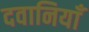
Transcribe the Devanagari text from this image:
दवानियाँ